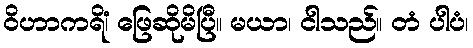
ဝိဟာကရိံ၊ ဖြေဆိုမိပြီ။ မယာ၊ ငါသည်။ တံ ပါပံ၊